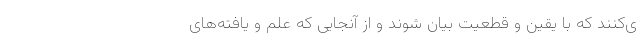
ی‌کنند که با یقین و قطعیت بیان شوند و از آنجایی که علم و یافته‌های